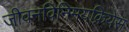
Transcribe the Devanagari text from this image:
जीवनविनिमयक्रियेस